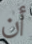
أن